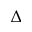
\Delta